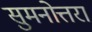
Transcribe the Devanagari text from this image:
सुमनोत्तरा